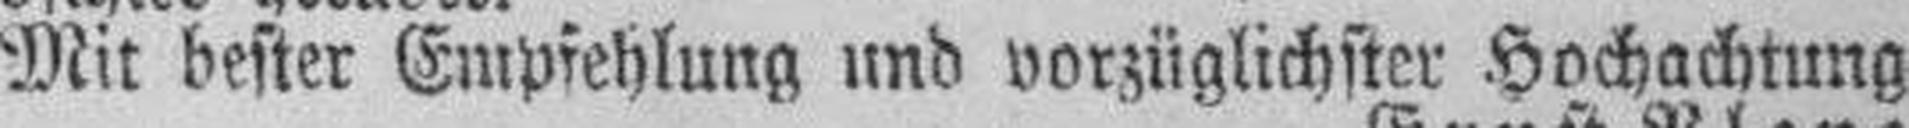
Mit bester Empfehlung und vorzüglichster Hochachtung